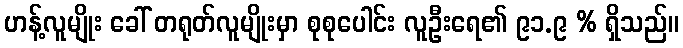
ဟန့်လူမျိုး ခေါ် တရုတ်လူမျိုးမှာ စုစုပေါင်း လူဦးရေ၏ ၉၁.၉ % ရှိသည်။